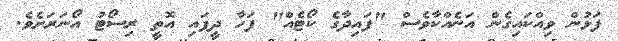
ފަޅުން ވިއްކައިގެން އަނެއްކާވެސް "ފައިދާގެ ކޯޓެއް" ފަހާ ދީފައި އޮތީ ރިސޯޓު އޯނަރަށެވެ.